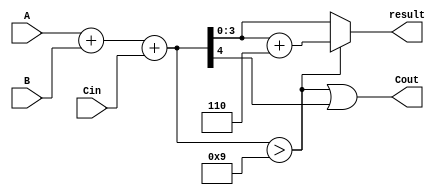
module BCD_Hybrid_Adder (
    input  wire [3:0] A,      // First BCD digit
    input  wire [3:0] B,      // Second BCD digit
    input  wire Cin,          // Carry-in
    output wire [3:0] result, // BCD result
    output wire Cout          // Carry-out
);

    wire [4:0] sum;           // 5-bit sum to accommodate carry
    wire correction_needed;    // Flag for correction

    // Binary addition of A, B, and Cin
    assign sum = A + B + Cin;

    // Determine if correction is needed
    assign correction_needed = (sum > 9);

    // Final corrected result
    assign result = correction_needed ? (sum + 6) : sum[3:0];

    // Carry-out is set if the sum exceeds 9 or if there was an overflow
    assign Cout = correction_needed || (sum[4]);

endmodule